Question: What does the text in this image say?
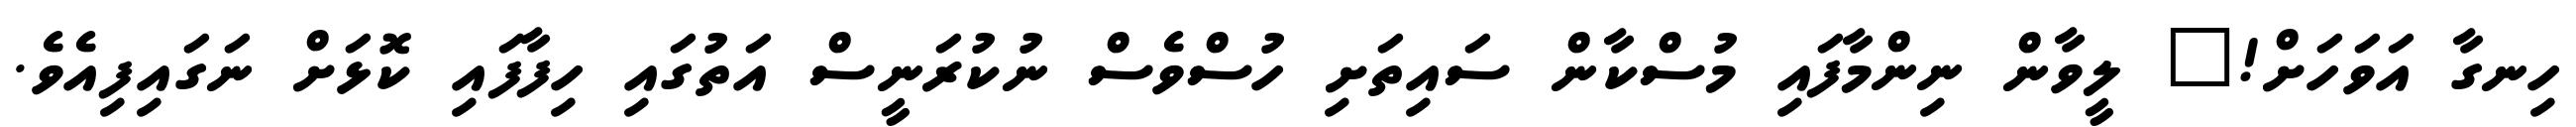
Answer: ހިނގާ އަވަހަށް!" ލީވާން ނިންމާފައި މުސްކާން ސައިތަށި ހުސްވެސް ނުކުރަނީސް އަތުގައި ހިފާފައި ކޮޅަށް ނަގައިފިއެވެ.